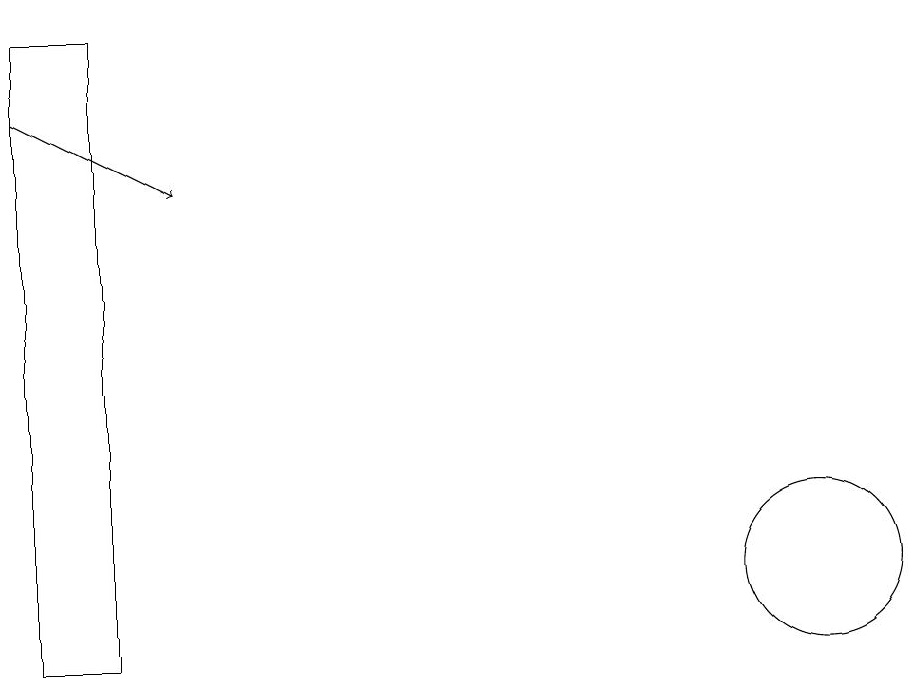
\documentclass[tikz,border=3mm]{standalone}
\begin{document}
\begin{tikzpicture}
\draw (0,19) rectangle (1,11);
\draw[->] (0,18) -- (2,17);
\draw (10,12) circle (1);
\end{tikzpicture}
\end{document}